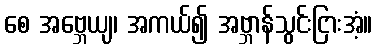
စေ အဗ္ဘေယျ၊ အကယ်၍ အဗ္ဘာန်သွင်းငြားအံ့။